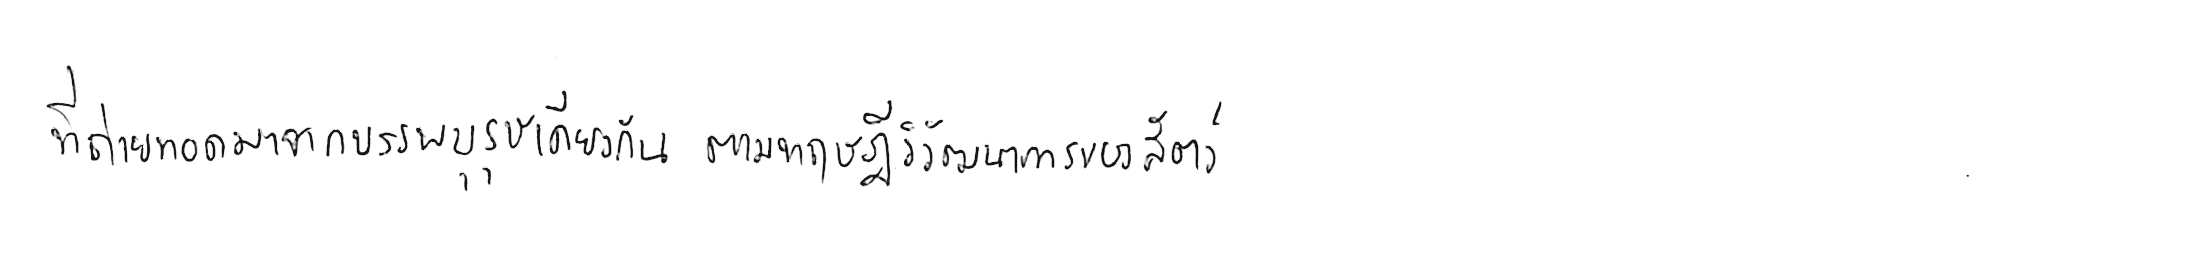
ที่ถ่ายทอดมาจากบรรพบุรุษเดียวกัน ตามทฤษฎีวิวัฒนาการของสัตว์